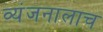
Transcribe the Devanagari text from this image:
व्यंजनालाच